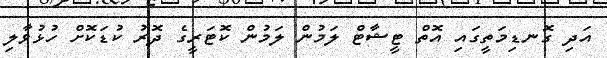
އަދި ގޮނޑިމަތީގައި އޮތް ޓީޝާޓް ލަމުން ލަމުން ކޮޓަރީގެ ދޮރު ކުޑަކޮށް ހުޅުވާލި